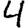
Digit: 4